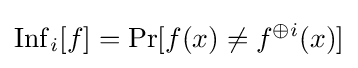
\operatorname {Inf} _{i}[f]=\Pr[f(x)\neq f^{\oplus i}(x)]